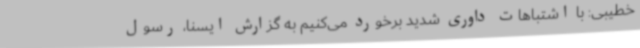
خطیبی: با اشتباهات داوری شدید برخورد می‌کنیم به گزارش ایسنا، رسول